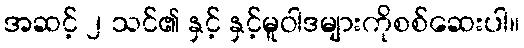
အဆင့် ၂ သင်၏ နှင့် နှင့်မူဝါဒများကိုစစ်ဆေးပါ။